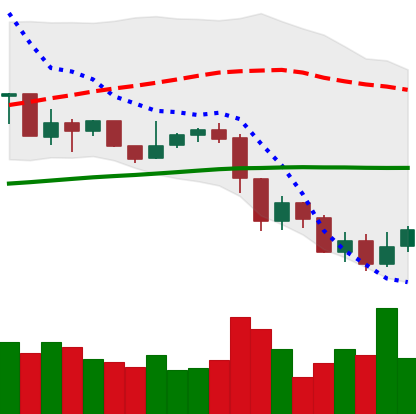
Ticker: XRP-USD
Chart end date: 2019-07-18
Forward return: -4.1%
Label: down_3_5